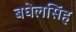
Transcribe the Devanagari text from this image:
बघेलसिंह